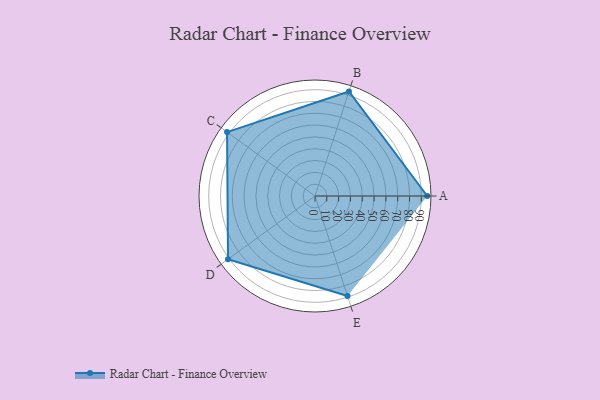
{"axis": {"x": "Skill", "y": "Score"}, "legend": ["Profile"], "data": [{"x": "A", "y": 95.0, "type": "Profile"}, {"x": "B", "y": 93.0, "type": "Profile"}, {"x": "C", "y": 92.0, "type": "Profile"}, {"x": "D", "y": 91.0, "type": "Profile"}, {"x": "E", "y": 89.0, "type": "Profile"}]}